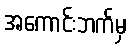
အကောင်းဘက်မှ